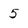
Character: 5